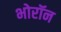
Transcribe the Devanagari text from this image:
भोरॉन